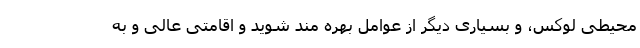
محیطی لوکس، و بسیاری دیگر از عوامل بهره مند شوید و اقامتی عالی و به